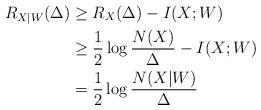
LaTeX: \begin{align*}R_{X|W}(\Delta) &\geq R_{X}(\Delta)-I(X;W) \\& \geq \frac{1}{2} \log{\frac{N(X)}{\Delta}} -I(X;W) \\& = \frac{1}{2} \log{\frac{N(X|W)}{\Delta}} \end{align*}